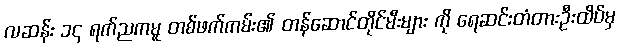
လဆန်း ၁၄ ရက်ညကမူ တစ်ဖက်ကမ်း၏ တန်ဆောင်တိုင်မီးများ ကို ရေဆင်းတံတားဦးထိပ်မှ